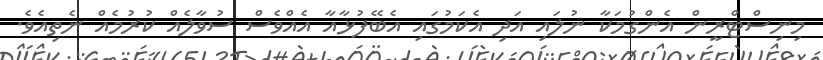
މިނިސްޓްރީން އެންގުމަކާ ނުލައި އަދި އެކަމުގައި އެބޭފުޅާއާ އެއްވެސް ސުވާލެއް ކުރުމެއް ނެތިއެވެ.